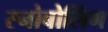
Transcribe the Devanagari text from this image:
स्नोबोलिंग